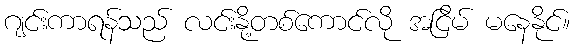
ဂျင်းကာရန်သည် လင်းနို့တစ်ကောင်လို အငြိမ် မနေနိုင်။